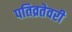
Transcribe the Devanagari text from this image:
पतिव्रतेवरी